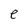
Character: e